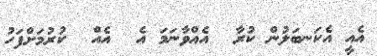
އެއީ އެކަނބަލުން ކުރާ  އެއްވާނަމަ އެ  އެއް  ކުރުމަށްފަހު